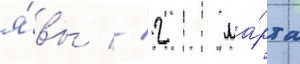
я́вы // 2 ма́рта